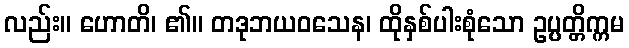
လည်း။ ဟောတိ၊ ၏။ တဒုဘယဝသေန၊ ထိုနှစ်ပါးစုံသော ဥပ္ပတ္တိက္ကမ